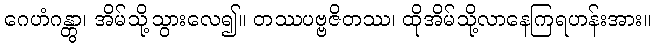
ဂေဟံဂန္တွာ၊ အိမ်သို့သွားလေ၍။ တဿပဗ္ဗဇိတဿ၊ ထိုအိမ်သို့လာနေကြရဟန်းအား။